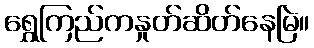
ရွှေကြည်ကနှုတ်ဆိတ်နေမြဲ။